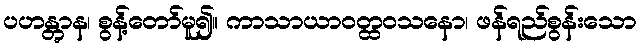
ပဟန္တွာန၊ စွန့်တော်မူ၍။ ကာသာယာဝတ္ထဝသနော၊ ဖန်ရည်စွန်းသော